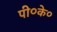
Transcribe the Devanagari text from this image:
पी०के०